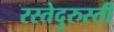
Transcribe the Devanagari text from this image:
रस्तेदुरुस्ती